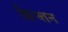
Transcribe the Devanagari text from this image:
क्रिच्तन